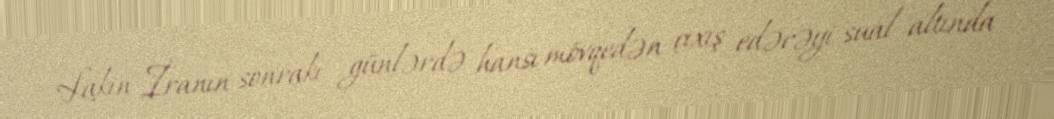
Lakin İranın sonrakı günlərdə hansı mövqedən çıxış edəcəyi sual altında